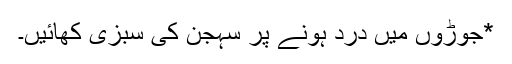
*جوڑوں میں درد ہونے پر سہجن کی سبزی کھائیں۔